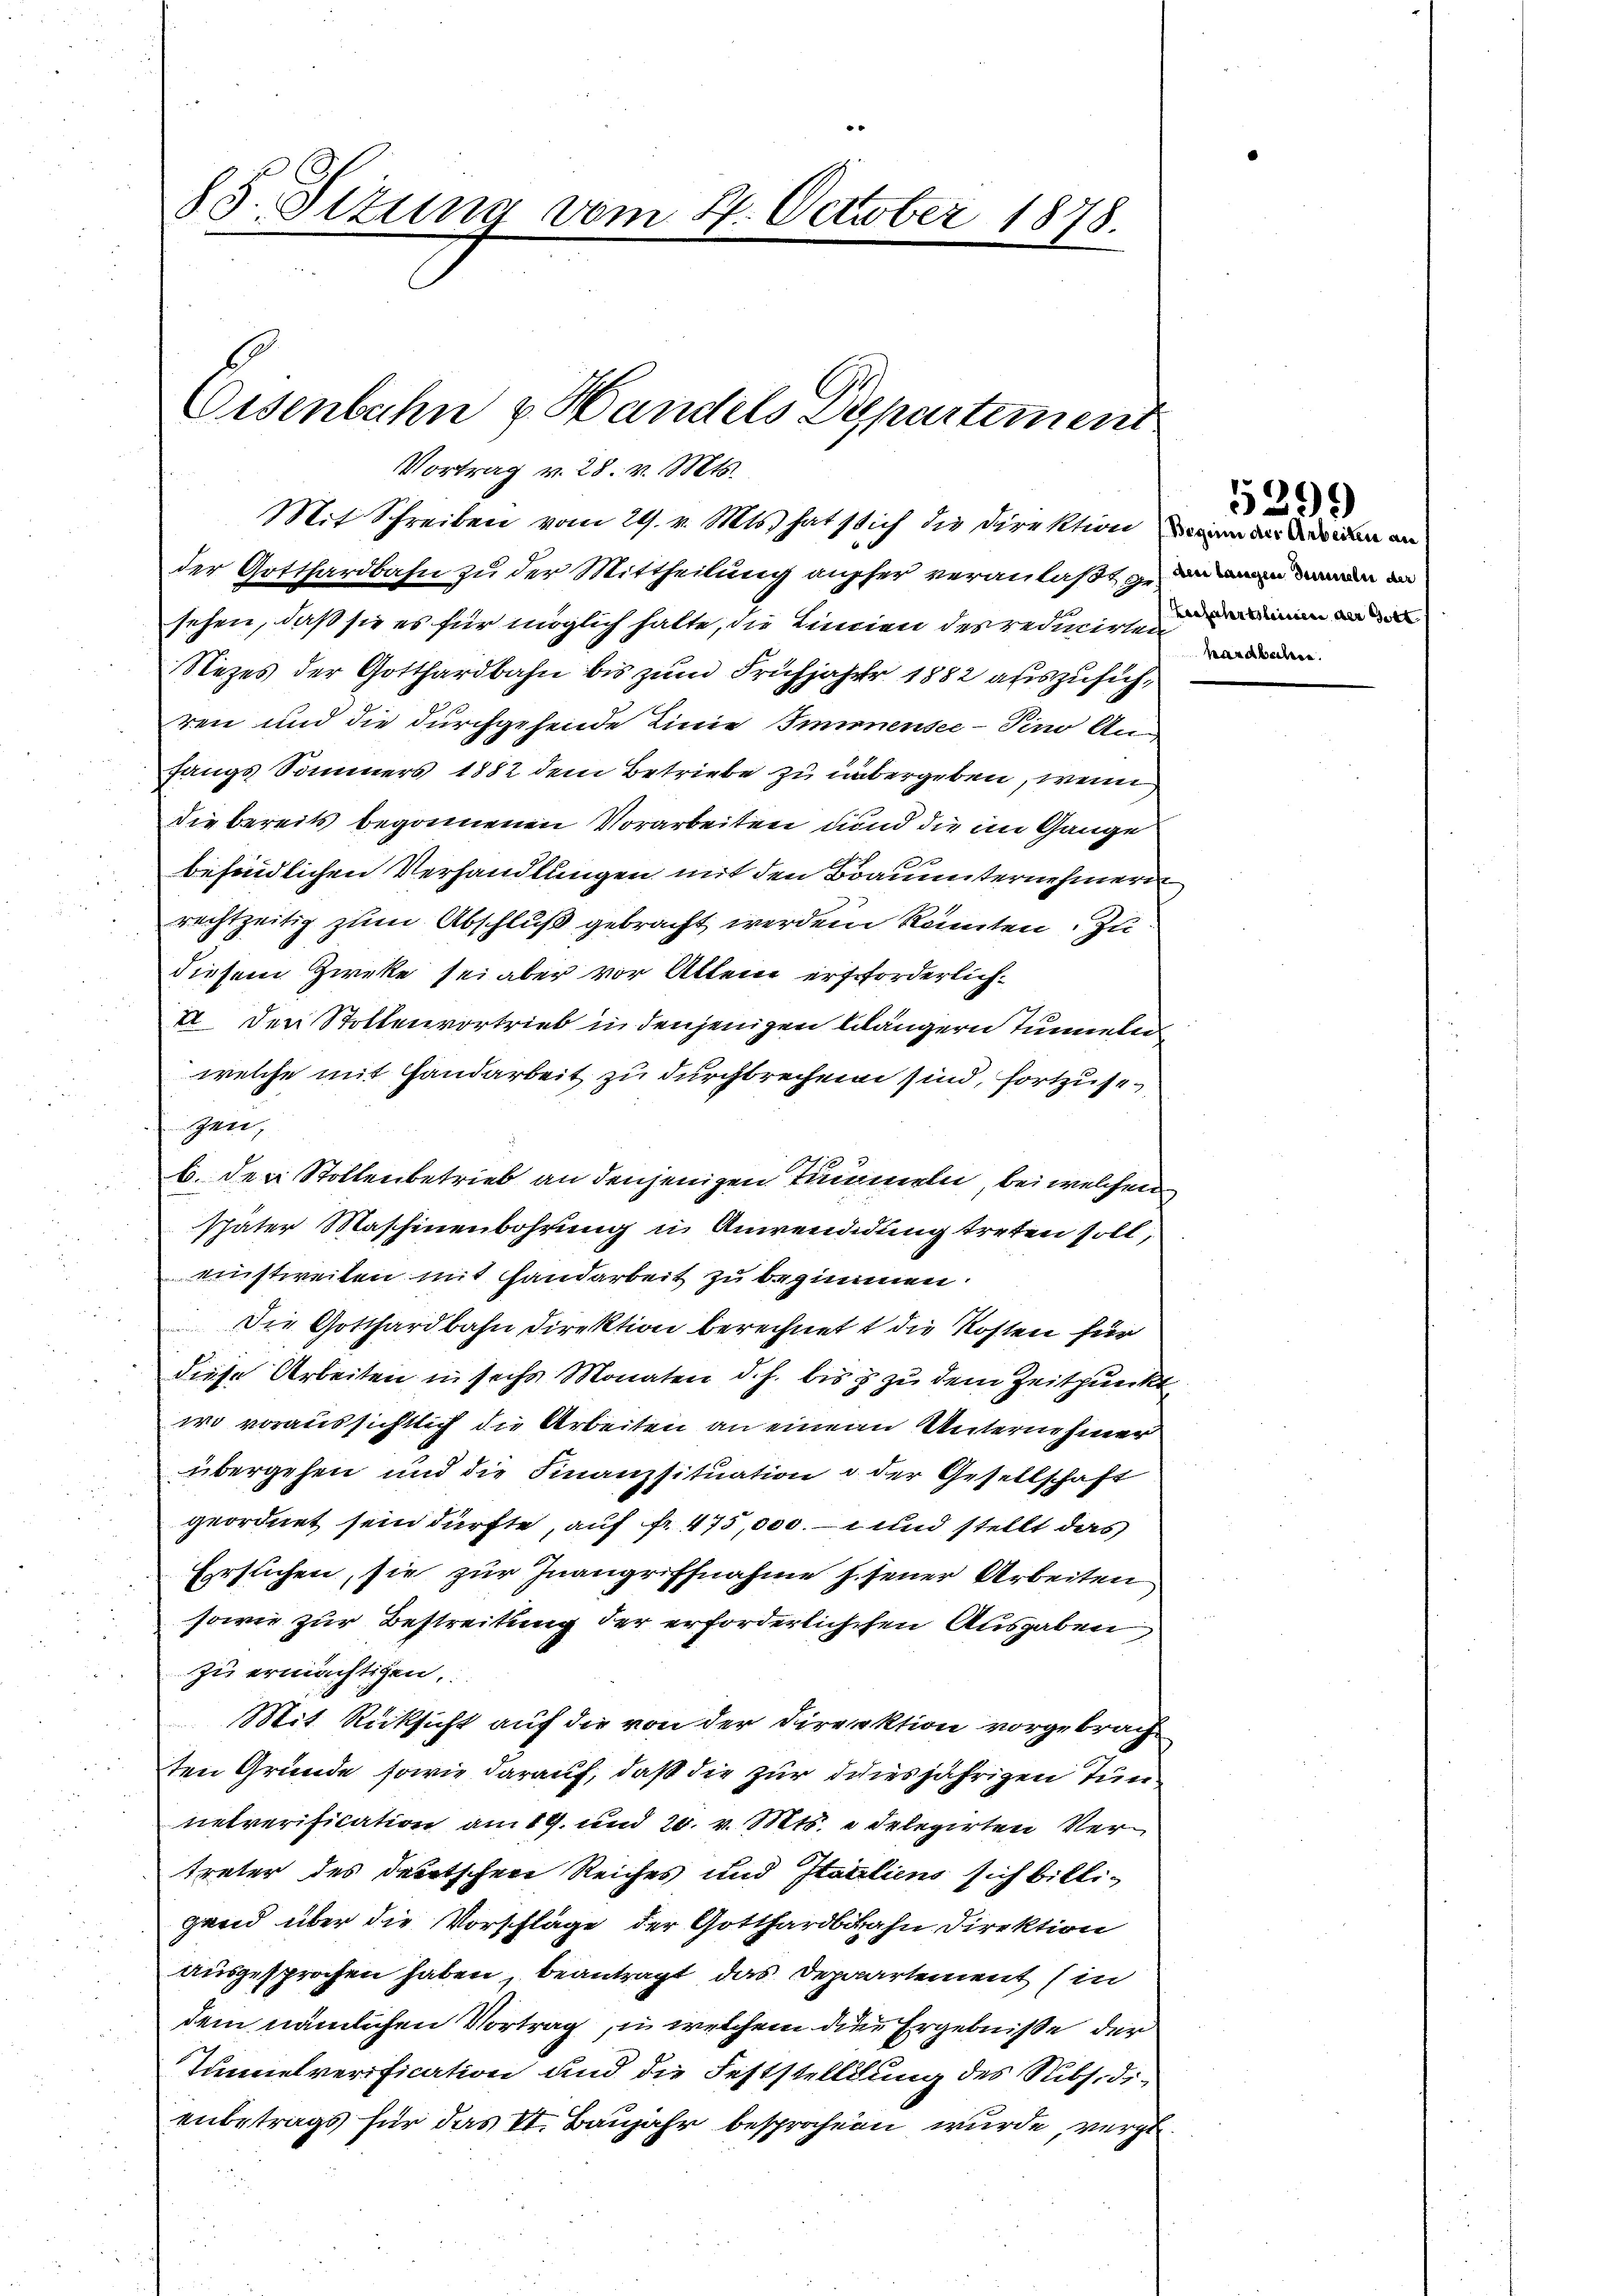
85. Sizung vom 4. October 1878.

Eisenbahn & Handels Departement
Vortrag v. 28. v. Mts.

sehen, daß sie es für möglich halte, die Linnen des redimirten
Nezes der Gotthardbahn bis zum Frühjahre 1882 auszuführen und die durchgehende Linie Immensee–Pino Anfangs Sommers 1882 dem Betriebe zu übergeben, wenn
die bereits begonnenen Vorarbeiten und die im Gange
befindlichen Verhandlungen mit den Braumternehmern
rechtzeitig zum Abschluß gebracht werden könnten. Zu
diesem Zweke sei aber vor Alten erforderlich
II. Den Stollenvortrieb in denjenigen lilängern Tunneler
welche mit Handarbeit zu durchbrechen sind, fortzusegen,
b. den Stollenbetrieb an denjenigen Summeln, bei welchen
später Maschinenbohrung in Anwendigung treten soll,
einstweilen mit Handarbeit zu bezimmen.
Die Gotthardbahn Direktion berechnet die Kosten für
diese Arbeiten in sechs Monaten d. h. bis zu dem Zeitpunkt
wo voraussichtlich die Arbeiten an einem Unternehmer
übergehen und die Finanzsituation u. der Gesellschaft
geordnet sein dürfte, auf fr. 475,000. und stellt das
Ersuchen, sie zur Inangriffnahme h. jener Arbeiten
sowie zur Bestreitung der erforderlichchen Ausgaben,
zu ermächtigen.
Mit Rücksicht auf die von der Direktion vorgebrach
ten Gründe, sowie darauf, daß die zur diesjährigen Tun
netverification am 19. und 20. v. Mts. edelegirten Vertreter des deutschen Reiches und Italiens sich billigand über die Vorschläge der Gotthardbahn Direktion
ausgesprochen haben, beantragt, das Depaartement sin
dem nämlichen Vortrag in welchem die Ergebnisse der
Tunnelverification und die Feststellung des Ribsidienbetrags für das VI. Baujahr besprochen wurde, verst

Mit Schreiben vom 29. v. Mts. hat sich die Direktion ein an den an
der Gotthardbahn zu der Mittheilung ausser veranlaßt zu de man an

hearbeitere.

5299